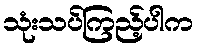
သုံးသပ်ကြည့်ပါက